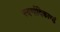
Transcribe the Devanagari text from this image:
स्वर्गादिकाण्डं